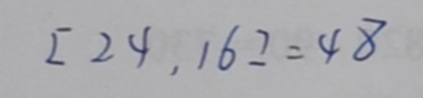
[ 2 4 , 1 6 ] = 4 8